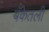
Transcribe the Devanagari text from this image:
बँकेतली